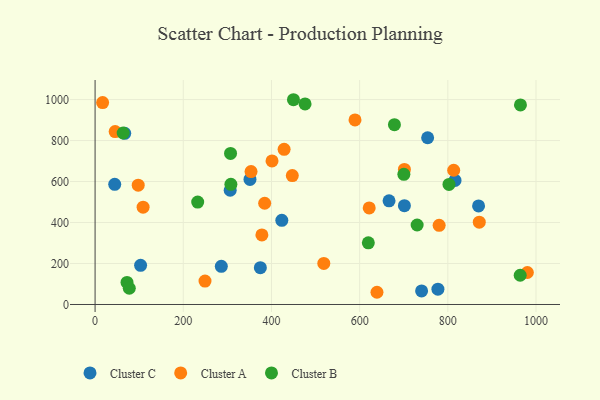
{"axis": {"x": "Price", "y": "Yield"}, "legend": ["Cluster A", "Cluster B", "Cluster C"], "data": [{"x": "306.4", "y": 557.5, "type": "Cluster C"}, {"x": "67.2", "y": 835.2, "type": "Cluster C"}, {"x": "816.3", "y": 605.3, "type": "Cluster C"}, {"x": "374.8", "y": 179.7, "type": "Cluster C"}, {"x": "701.5", "y": 482.1, "type": "Cluster C"}, {"x": "869.7", "y": 481.2, "type": "Cluster C"}, {"x": "351.3", "y": 610.3, "type": "Cluster C"}, {"x": "103.2", "y": 190.9, "type": "Cluster C"}, {"x": "777.5", "y": 74.6, "type": "Cluster C"}, {"x": "423.5", "y": 410.6, "type": "Cluster C"}, {"x": "740.5", "y": 66.4, "type": "Cluster C"}, {"x": "44.5", "y": 586.3, "type": "Cluster C"}, {"x": "754.2", "y": 813.7, "type": "Cluster C"}, {"x": "666.7", "y": 505.8, "type": "Cluster C"}, {"x": "286.3", "y": 186.3, "type": "Cluster C"}, {"x": "639.3", "y": 59.6, "type": "Cluster A"}, {"x": "401.3", "y": 700.5, "type": "Cluster A"}, {"x": "97.8", "y": 582.2, "type": "Cluster A"}, {"x": "780.3", "y": 386.4, "type": "Cluster A"}, {"x": "45.5", "y": 843.8, "type": "Cluster A"}, {"x": "871.3", "y": 401.9, "type": "Cluster A"}, {"x": "518.7", "y": 200.4, "type": "Cluster A"}, {"x": "428.7", "y": 757.1, "type": "Cluster A"}, {"x": "589.5", "y": 900.7, "type": "Cluster A"}, {"x": "378.3", "y": 339.5, "type": "Cluster A"}, {"x": "701.5", "y": 659.0, "type": "Cluster A"}, {"x": "621.7", "y": 471.2, "type": "Cluster A"}, {"x": "980.4", "y": 156.1, "type": "Cluster A"}, {"x": "353.7", "y": 648.8, "type": "Cluster A"}, {"x": "447.3", "y": 629.3, "type": "Cluster A"}, {"x": "17.1", "y": 985.2, "type": "Cluster A"}, {"x": "813.3", "y": 655.2, "type": "Cluster A"}, {"x": "108.9", "y": 475.1, "type": "Cluster A"}, {"x": "249.3", "y": 114.2, "type": "Cluster A"}, {"x": "384.6", "y": 494.1, "type": "Cluster A"}, {"x": "964.1", "y": 142.8, "type": "Cluster B"}, {"x": "700.3", "y": 635.1, "type": "Cluster B"}, {"x": "307.2", "y": 737.3, "type": "Cluster B"}, {"x": "63.7", "y": 837.0, "type": "Cluster B"}, {"x": "308.0", "y": 586.6, "type": "Cluster B"}, {"x": "232.7", "y": 499.8, "type": "Cluster B"}, {"x": "619.7", "y": 300.9, "type": "Cluster B"}, {"x": "72.4", "y": 107.7, "type": "Cluster B"}, {"x": "678.9", "y": 877.5, "type": "Cluster B"}, {"x": "476.2", "y": 978.6, "type": "Cluster B"}, {"x": "730.4", "y": 388.0, "type": "Cluster B"}, {"x": "77.6", "y": 79.2, "type": "Cluster B"}, {"x": "802.6", "y": 586.0, "type": "Cluster B"}, {"x": "449.9", "y": 999.3, "type": "Cluster B"}, {"x": "964.7", "y": 973.8, "type": "Cluster B"}]}